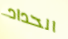
الحداد